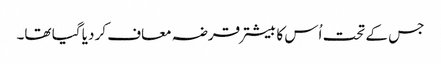
جس کے تحت اُس کا بیشتر قرضہ معاف کر دیا گیا تھا۔